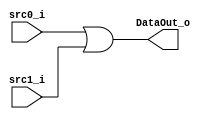
module OR(
  input src0_i,
  input src1_i,
  
  output DataOut_o
  );
  reg DataOut;
  always@(*)
  begin
    DataOut = src0_i | src1_i;
  end
  assign DataOut_o = DataOut;
endmodule